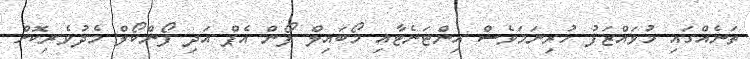
ތަނެއްގައި މުވައްޒަފު ހުރިނަމަވެސް އިންޓަނެޓާއި މޯބައިލް ފޯން އެޕް އަދި ފޯންކޯލް މެދުވެރިކޮށް